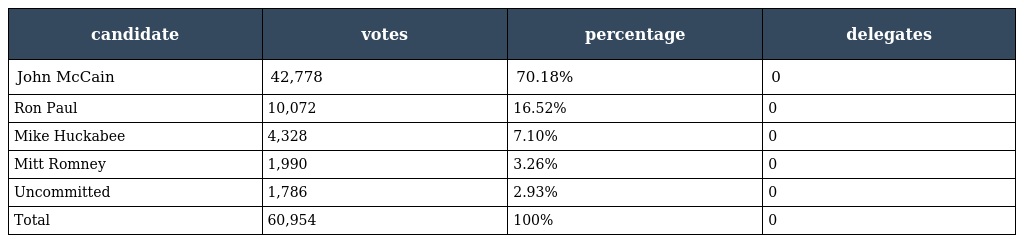
| candidate | votes | percentage | delegates |
 | --- | --- | --- | --- |
 | John McCain | 42,778 | 70.18% | 0 |
 | Ron Paul | 10,072 | 16.52% | 0 |
 | Mike Huckabee | 4,328 | 7.10% | 0 |
 | Mitt Romney | 1,990 | 3.26% | 0 |
 | Uncommitted | 1,786 | 2.93% | 0 |
 | Total | 60,954 | 100% | 0 |